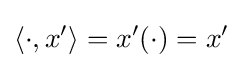
\langle \cdot ,x'\rangle =x'(\cdot )=x'